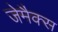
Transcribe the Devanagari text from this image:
जेमैक्स